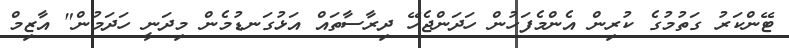
ޓޭންކަރު ގަތުމުގެ ކުރިން އެންމެފަހުން ހަދަންޖެހޭ ދިރާސާތައް އަޅުގަނޑުމެން މިދަނީ ހަދަމުން" އާޒިމް